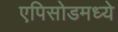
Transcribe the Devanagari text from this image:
एपिसोडमध्ये